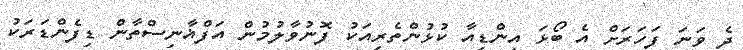
ދެ ވަނަ ފަހަރަށް އެ ބޯޅަ އިންޑިއާ ކުޅުންތެރިއަކު ފޮނުވާލުމުން އަފްޣާނިސްތާން ޑިފެންޑަރަކު